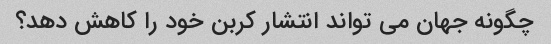
چگونه جهان می تواند انتشار کربن خود را کاهش دهد؟